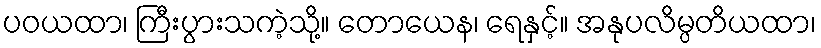
ပဝယထာ၊ ကြီးပွားသကဲ့သို့။ တောယေန၊ ရေနှင့်။ အနုပလိမ္ပတိယထာ၊